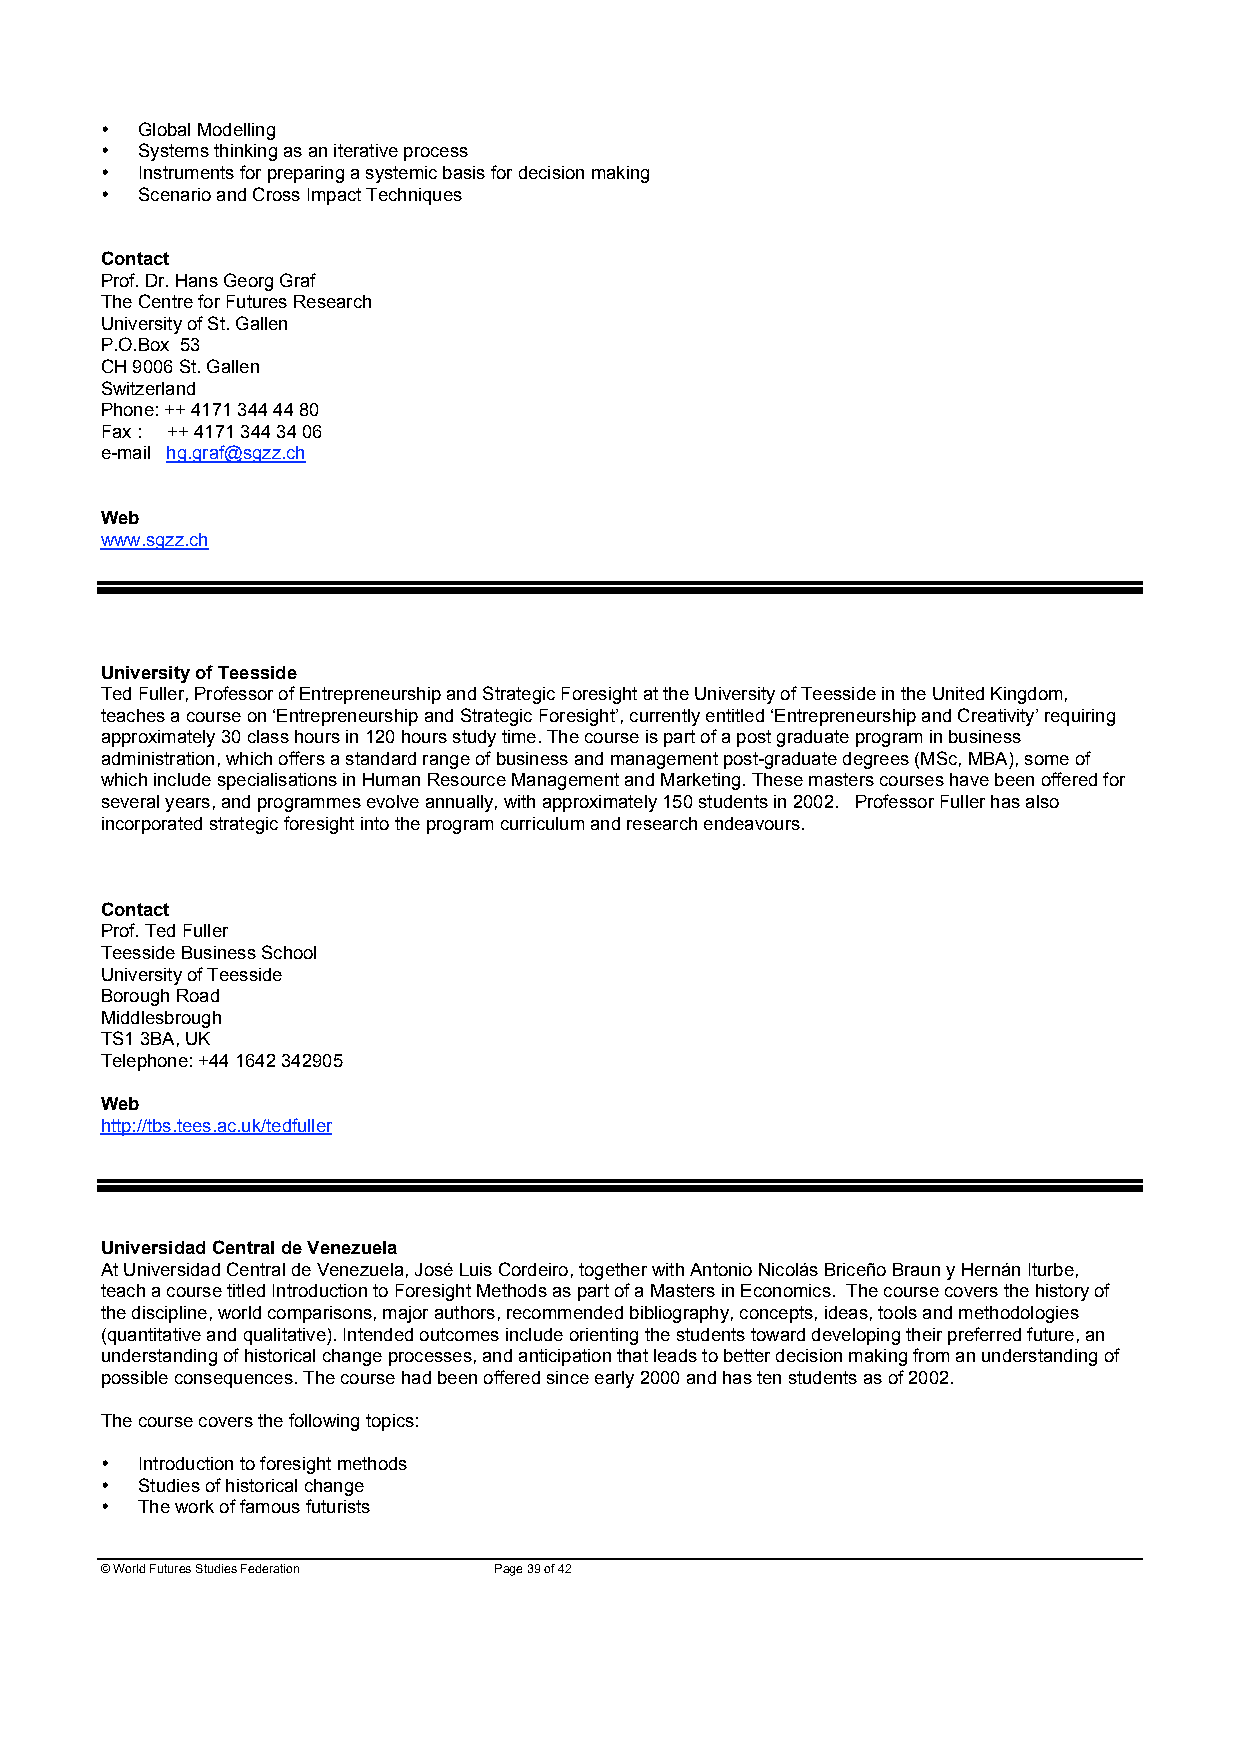
• Global Modelling
 • Systems thinking as an iterative process
 • Instruments for preparing a systemic basis for decision making
 • Scenario and Cross Impact Techniques
 Contact
 Prof. Dr. Hans Georg Graf
 The Centre for Futures Research
 University of St. Gallen
 P.O.Box 53
 CH 9006 St. Gallen
 Switzerland
 Phone: ++ 4171 344 44 80
 Fax : ++ 4171 344 34 06
 e-mail hg.graf@sgzz.ch
 Web
 www.sgzz.ch
 University of Teesside
 Ted Fuller, Professor of Entrepreneurship and Strategic Foresight at the University of Teesside in the United Kingdom,
 teaches a course on ‘Entrepreneurship and Strategic Foresight’, currently entitled ‘Entrepreneurship and Creativity’ requiring
 approximately 30 class hours in 120 hours study time. The course is part of a post graduate program in business
 administration, which offers a standard range of business and management post-graduate degrees (MSc, MBA), some of
 which include specialisations in Human Resource Management and Marketing. These masters courses have been offered for
 several years, and programmes evolve annually, with approximately 150 students in 2002. Professor Fuller has also
 incorporated strategic foresight into the program curriculum and research endeavours.
 Contact
 Prof. Ted Fuller
 Teesside Business School
 University of Teesside
 Borough Road
 Middlesbrough
 TS1 3BA, UK
 Telephone: +44 1642 342905
 Web
 http://tbs.tees.ac.uk/tedfuller
 Universidad Central de Venezuela
 At Universidad Central de Venezuela, José Luis Cordeiro, together with Antonio Nicolás Briceño Braun y Hernán Iturbe,
 teach a course titled Introduction to Foresight Methods as part of a Masters in Economics. The course covers the history of
 the discipline, world comparisons, major authors, recommended bibliography, concepts, ideas, tools and methodologies
 (quantitative and qualitative). Intended outcomes include orienting the students toward developing their preferred future, an
 understanding of historical change processes, and anticipation that leads to better decision making from an understanding of
 possible consequences. The course had been offered since early 2000 and has ten students as of 2002.
 The course covers the following topics:
 • Introduction to foresight methods
 • Studies of historical change
 • The work of famous futurists
 © World Futures Studies Federation Page 39 of 42